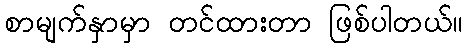
စာမျက်နှာမှာ တင်ထားတာ ဖြစ်ပါတယ်။